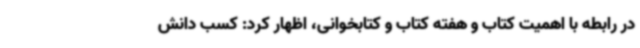
در رابطه با اهمیت کتاب و هفته کتاب و کتابخوانی، اظهار کرد: کسب دانش